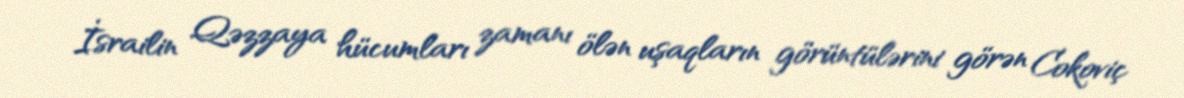
İsrailin Qəzzaya hücumları zamanı ölən uşaqların görüntülərini görən Cokoviç